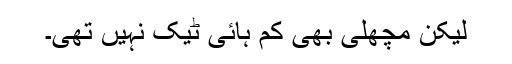
لیکن مچھلی بھی کم ہائی ٹیک نہیں تھی۔